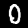
Digit: 0